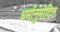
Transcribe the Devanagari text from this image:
धर्मानुमोदित